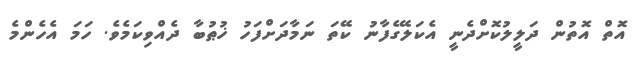
އޮތް އޮތުން ދަލީލުކޮށްދެނީ އެކަލޭގެފާނު ކޭތަ ނަމާދަށްފަހު ޚުޠުބާ ދެއްވިކަމެވެ. ހަމަ އެހެންމެ